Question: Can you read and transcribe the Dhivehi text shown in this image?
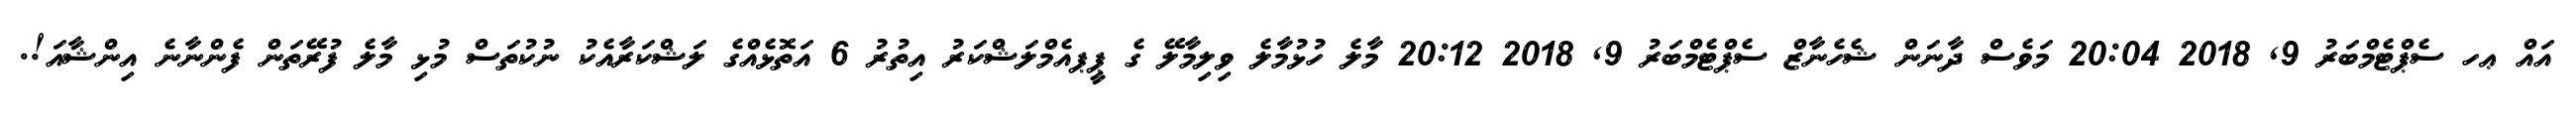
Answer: އައް ޢހ ސެޕްޓެމްބަރު 9, 2018 20:04 މަވެސް ދާނަން ޝެހެނާޒް ސެޕްޓެމްބަރު 9, 2018 20:12 މާލެ ހުޅުމާލެ ވިލިމާލޭ ގެ ޕީޕއެމްލަޝްކަރު އިތުރު 6 އަތޮޅެއްގެ ލަޝްކަރާއެކު ނުކުތަސް މުޅި މާލެ ފުރޭތަން ފެންނާނެ އިންޝާއަ!.